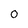
Character: 0